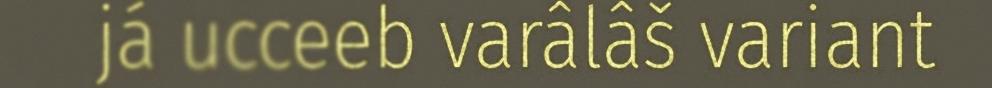
já ucceeb varâlâš variant